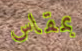
بمقاس